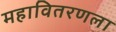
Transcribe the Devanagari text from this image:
महावितरणला